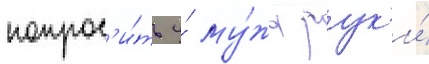
попрос'и́ть у́ му́жа рук'и́